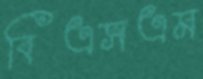
বিএসএম